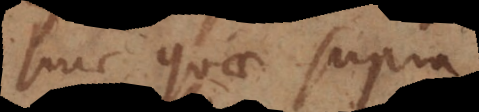
huc quae supra